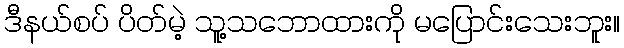
ဒီနယ်စပ် ပိတ်မဲ့ သူ့သဘောထားကို မပြောင်းသေးဘူး။